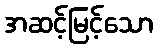
အဆင့်မြင့်သော